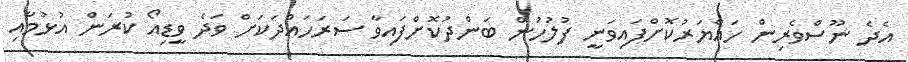
އެދެ ނޫސްވެރިން ހައްޔަރުކޮށްފައިވަނީ ފުލުހުން ބަންދުކޮށްފައިވާ ސަރަހައްދަކަށް ވަދެ ވީޑިއޯ ކުރަން އުޅުމާއި